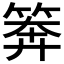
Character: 𥮈